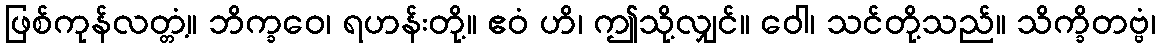
ဖြစ်ကုန်လတ္တံ့။ ဘိက္ခဝေ၊ ရဟန်းတို့။ ဧဝံ ဟိ၊ ဤသို့လျှင်။ ဝေါ၊ သင်တို့သည်။ သိက္ခိတဗ္ဗံ၊